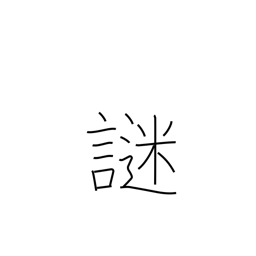
Meaning: riddle